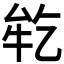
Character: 𬼪